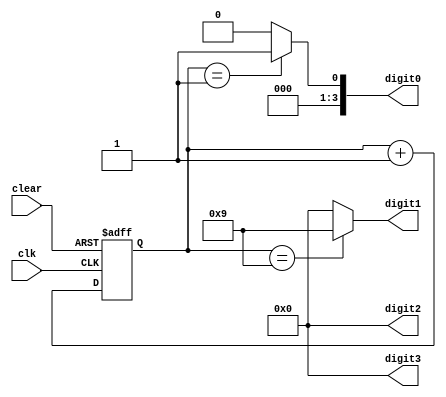
module BCD_Counter(
    input clk,
    input clear,
    output reg [3:0] digit3,
    output reg [3:0] digit2,
    output reg [3:0] digit1,
    output reg [3:0] digit0
);

reg [3:0] count;

always @(posedge clk or posedge clear) begin
    if (clear) begin
        count <= 4'b0000;
    end else begin
        count <= count + 1;
    end
end

always @(*) begin
    case (count)
        4'b0000: begin
            digit3 = 4'b0000;
            digit2 = 4'b0000;
            digit1 = 4'b0000;
            digit0 = 4'b0000;
        end
        4'b0001: begin
            digit3 = 4'b0000;
            digit2 = 4'b0000;
            digit1 = 4'b0000;
            digit0 = 4'b0001;
        end
        // Continue for other digits up to 9
        // Add a case for 9 to reset to 0
        4'b1001: begin
            digit3 = 4'b0000;
            digit2 = 4'b0000;
            digit1 = 4'b1001;
            digit0 = 4'b0000;
        end
        default: begin
            // default case, should not be reached
            digit3 = 4'b0000;
            digit2 = 4'b0000;
            digit1 = 4'b0000;
            digit0 = 4'b0000;
        end
    endcase
end

endmodule